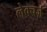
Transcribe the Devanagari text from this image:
लेक्चर्ज़